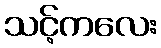
သင့်ကလေး